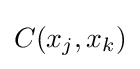
C(x_{j},x_{k})